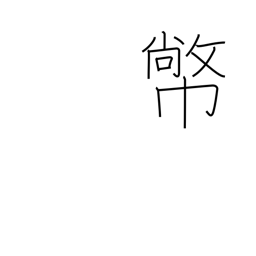
Meaning: Shinto zigzag paper offerings